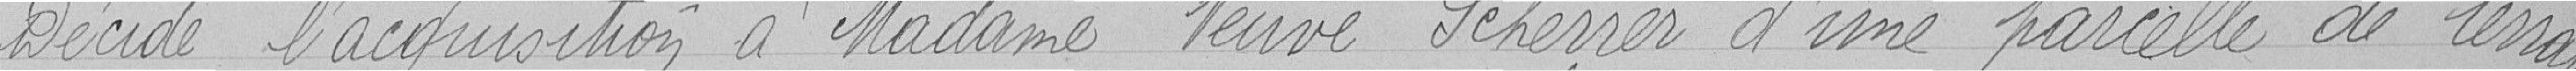
Décide l'acquisition à Madame Veuve Scherrer d'une parcelle de terrain